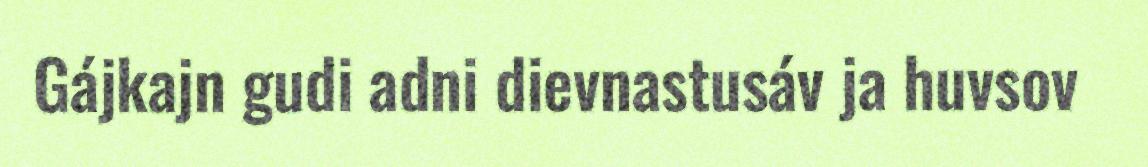
Gájkajn gudi adni dievnastusáv ja huvsov